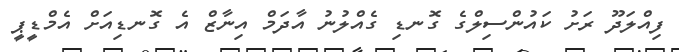
ފިއްލަދޫ ރަށު ކައުންސިލްގެ ގޮނޑި ގެއްލުނު އާދަމް އިނާޒް އެ ގޮނޑިއަށް އެމްޑީޕީ